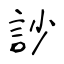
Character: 訬